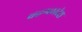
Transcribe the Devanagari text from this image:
बहग्लादेश